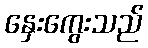
နှေးကွေးသည်